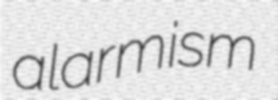
alarmism